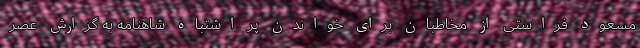
مسعود فراستی از مخاطبان برای خواندن پر اشتباه شاهنامه به گزارش عصر